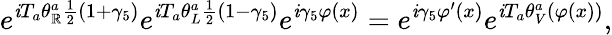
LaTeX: e^{{\mathit{i}T_{a}\theta_{\mathbb{R}}^{a}\frac{{1}}{{2}}(1+\gamma_{5})}}e^{{\mathit{i}T_{a}\theta_{L}^{a}\frac{{1}}{{2}}(1-\gamma_{5})}}e^{\mathit{i}\gamma_{5}\varphi(x)}=e^{\mathit{i}\gamma_{5}\varphi^{\prime}(x)}e^{\mathit{i}T_{a}\theta_{V}^{a}(\varphi(x))},